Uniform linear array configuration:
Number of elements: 48
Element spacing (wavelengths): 0.75
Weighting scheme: hamming
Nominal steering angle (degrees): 30
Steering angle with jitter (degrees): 30.33
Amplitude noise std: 0.05
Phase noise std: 0.05

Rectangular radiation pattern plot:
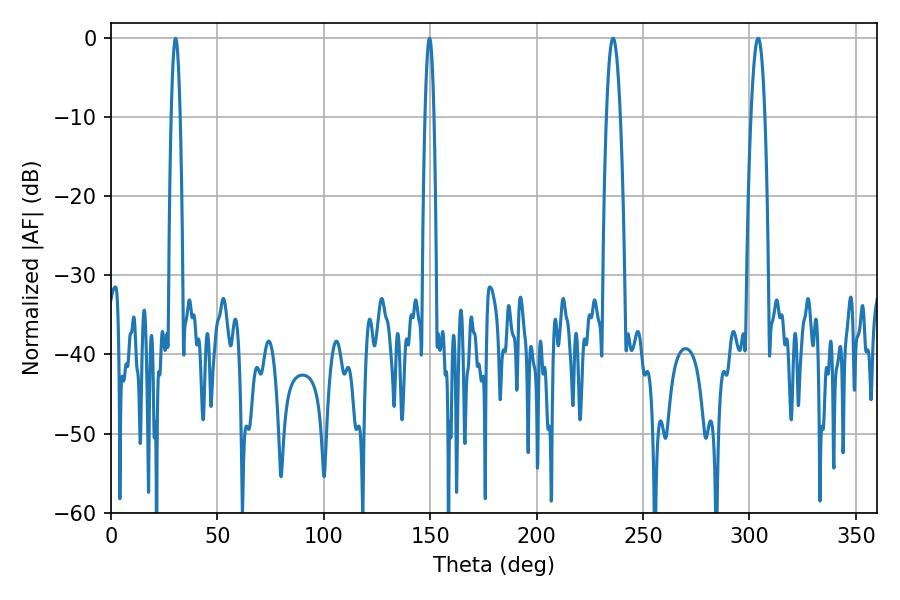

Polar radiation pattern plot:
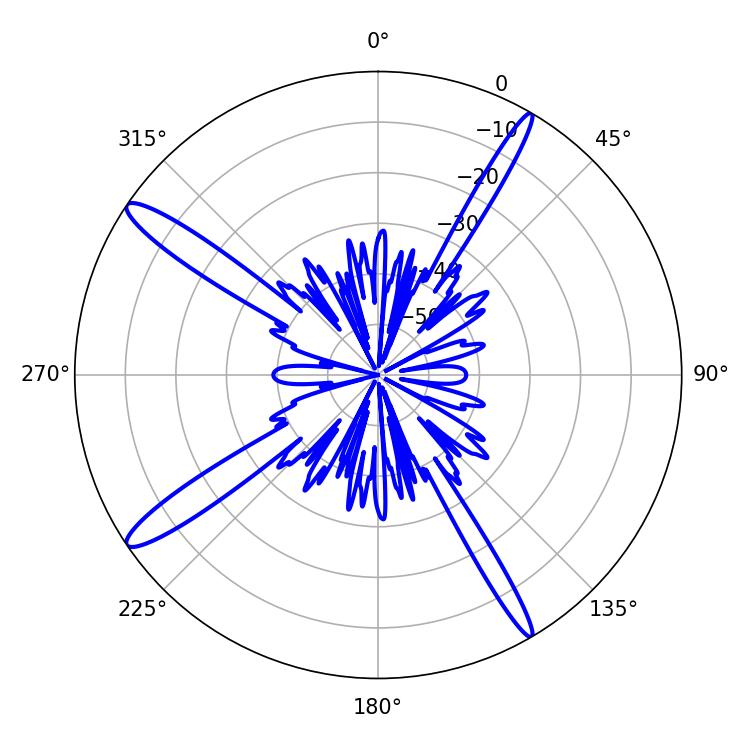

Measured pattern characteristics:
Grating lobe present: TRUE
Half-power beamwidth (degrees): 3.6
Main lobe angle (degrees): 304.02